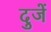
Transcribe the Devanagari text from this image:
दुजें